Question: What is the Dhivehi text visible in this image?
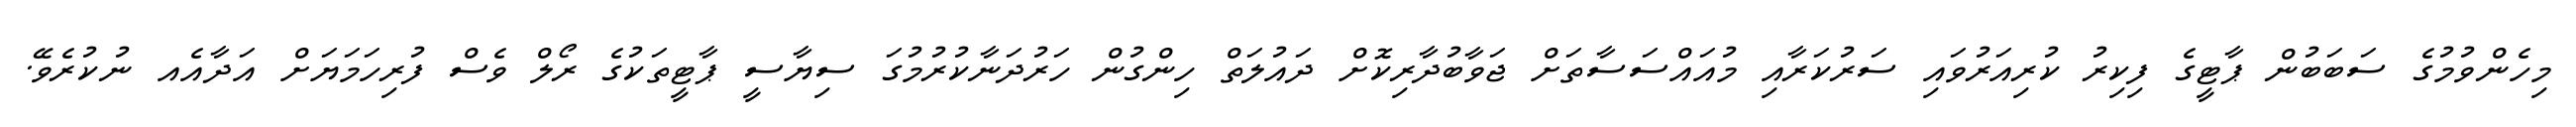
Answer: މިހެންވުމުގެ ސަބަބުން ޕާޓީގެ ފިކިރު ކުރިއަރުވައި ސަރުކަރާއި މުއައްސަސާތަށް ޖަވާބުދާރިކޮށް ދައުލަތް ހިންގުން ހަރުދަނާކުރުމުގަ ސިޔާސީ ޕާޓީތަކުގެ ރޯލް ވެސް ފުރިހަމަޔަށް އަދާއެއ ނުކުރެވޭ.